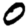
Digit: 0